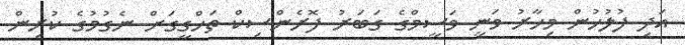
އަދި ފުލުހުން މިހާރު ވަނީ ވަސީމްގެ ގަބަރު ފޮރެންސިކް ތަހްގީގަށް ނެގުމުގެ ކުރިން